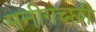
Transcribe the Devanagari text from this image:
मनीगच्छी